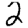
Digit: 2